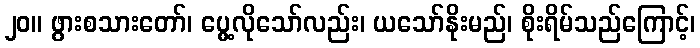
၂၀။ ဖွားစသားတော်၊ ပွေ့လိုသော်လည်း၊ ယသော်နိုးမည်၊ စိုးရိမ်သည်ကြောင့်၊